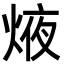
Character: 焲